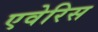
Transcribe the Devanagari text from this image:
एवेरिस